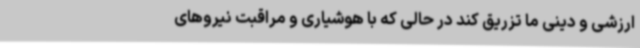
ارزشی و دینی ما تزریق کند در حالی که با هوشیاری و مراقبت نیروهای